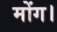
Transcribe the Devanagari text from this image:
मोंग।